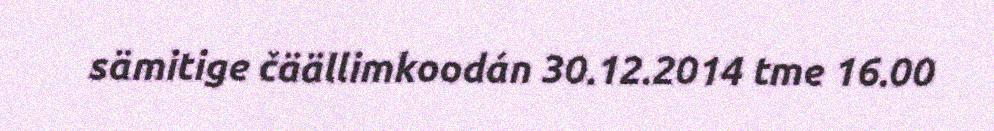
sämitige čäällimkoodán 30.12.2014 tme 16.00